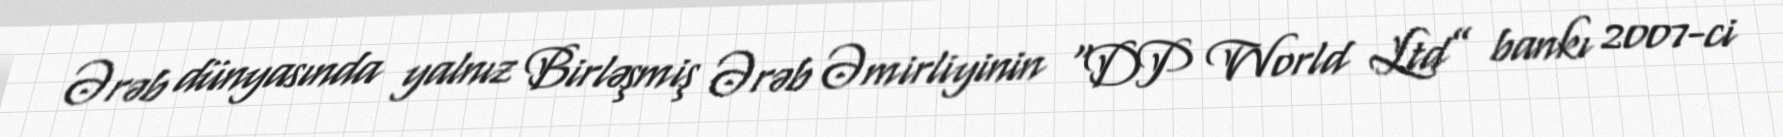
Ərəb dünyasında yalnız Birləşmiş Ərəb Əmirliyinin “DP World Ltd” bankı 2007-ci